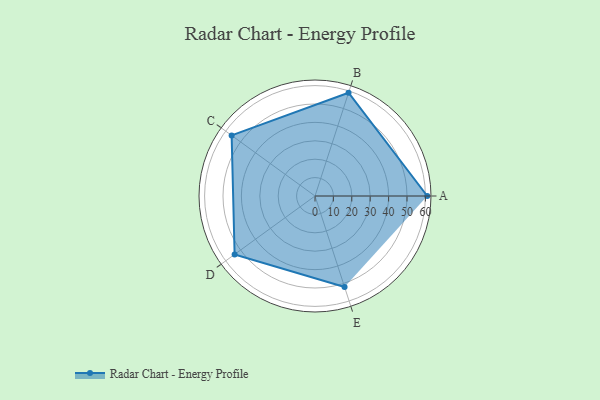
{"axis": {"x": "Skill", "y": "Score"}, "legend": ["Profile"], "data": [{"x": "A", "y": 61.0, "type": "Profile"}, {"x": "B", "y": 59.0, "type": "Profile"}, {"x": "C", "y": 56.0, "type": "Profile"}, {"x": "D", "y": 54.0, "type": "Profile"}, {"x": "E", "y": 52.0, "type": "Profile"}]}